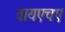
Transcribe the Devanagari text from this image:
वायएचए